Annual administration report of the Bombay Presidency - 1887-1892
Year: 1887
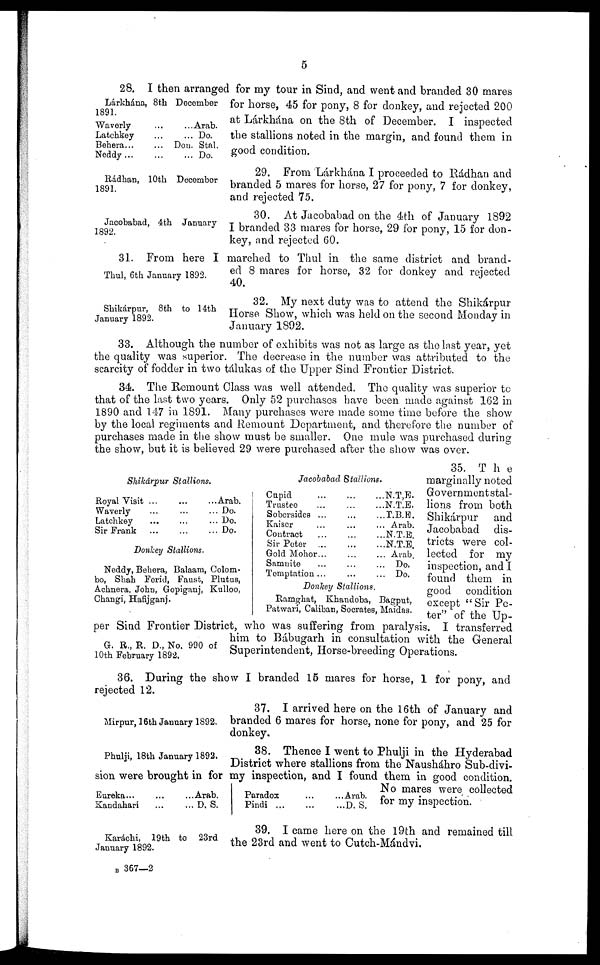
5
Lárkhána, 8th December
1891.
Waverly ... ...
Latchkey ... ...
Behera ... ... ...
Neddy ... ... ...
Arab.
Do.
Don. Stal.
Do.
28. I then arranged for my tour in Sind, and went and branded 30 mares
for horse, 45 for pony, 8 for donkey, and rejected 200
at Lárkhána on the 8th of December. I inspected
the stallions noted in the margin, and found them in
good condition.
Rádhan, 10th December
1891.
29. From Lárkhána I proceeded to Rádhan and
branded 5 mares for horse, 27 for pony, 7 for donkey,
and rejected 75.
Jacobabad, 4th January
1892.
30. At Jacobabad on the 4th of January 1892
I branded 33 mares for horse, 29 for pony, 15 for don-
key, and rejected 60.
Thul, 6th January 1892.
31. From here I marched to Thul in the same district and brand-
ed 8 mares for horse, 32 for donkey and rejected
40.
Shikárpur, 8th to 14th
January 1892.
32. My next duty was to attend the Shikárpur
Horse Show, which was held on the second Monday in
January 1892.
33. Although the number of exhibits was not as large as the last year, yet
the quality was superior. The decrease in the number was attributed to the
scarcity of fodder in two tálukas of the Upper Sind Frontier District.
34. The Remount Class was well attended. The quality was superior to
that of the last two years. Only 52 purchases have been made against 162 in
1890 and 147 in 1891. Many purchases were made some time before the show
by the local regiments and Remount Department, and therefore the number of
purchases made in the show must be smaller. One mule was purchased during
the show, but it is believed 29 were purchased after the show was over.
Shikárpur Stallions.
Royal Visit ... ...
Waverly ... ...
Latchkey ... ...
Sir Frank ... ...
Arab.
Do.
Do.
Do.
Donkey Stallions.
Neddy, Behera, Balaam, Colom-
bo, Shah Ferid, Faust, Plutus,
Achnera, John, Gopiganj, Kulloo,
Changi, Hafijganj.
Jacobabad Stallions.
Cupid .. ... ...
Trustee... ... ...
Sobersides ... ... ...
Kaiser... ... ...
Contract... ... ...
Sir Peter ... ... ...
Gold Mohor ... ... ...
Samuite ... ... ...
Temptation ... ... ...
N.T,E.
N.T.E.
T.B.E.
Arab.
N.T.E.
N.T.E.
Arab.
Do.
Do.
Donkey Stallions.
Ramghat, Khandoba, Bagput,
Patwari, Caliban, Socrates, Maidas.
G. R., R. D., No. 990 of
10th February 1892.
35. The
marginally noted
Govenmentstal-
tions from both
Shikárpur and
Jacobabad dis-
tricts were col-
lected for my
inspection, and I
found them in
good condition
except "Sir Pe-
ter" of the Up-
per Sind Frontier District, who was suffering from paralysis. I transferred
him to Bábugarh in consultation with the General
Superintendent, Horse-breeding Operations.
36. During the show I branded 15 mares for horse, 1 for pony, and
rejected 12.
Mirpur, 16th January 1892.
37. I arrived here on the 16th of January and
branded 6 mares for horse, none for pony, and 25 for
donkey.
Phulji, 18th January 1892.
38. Thence I went to Phulji in the Hyderabad
District where stallions from the Nausháhro Sub-divi-
sion were brought in for my inspection, and I found them in good condition.
No mares were collected
for my inspection.
Eureka ... ... ... ...
Kandahari ... ...
Arab.
D. S.
Paradox ... ...
Pindi ... ... ...
Arab.
D. S.
Karachi, 19th to 23rd
January 1892.
39. I came here on the 19th and remained till
the 23rd and went to Cutch-Mándvi.
B 367—2